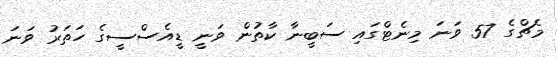
މެޗްގެ 57 ވަނަ މިނެޓްގައި ސަބީނާ ކާތުން ވަނީ ޑީއެސްސީގެ ހަތަރު ވަނަ